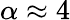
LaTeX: \alpha\approx 4